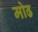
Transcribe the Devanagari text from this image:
मोढ